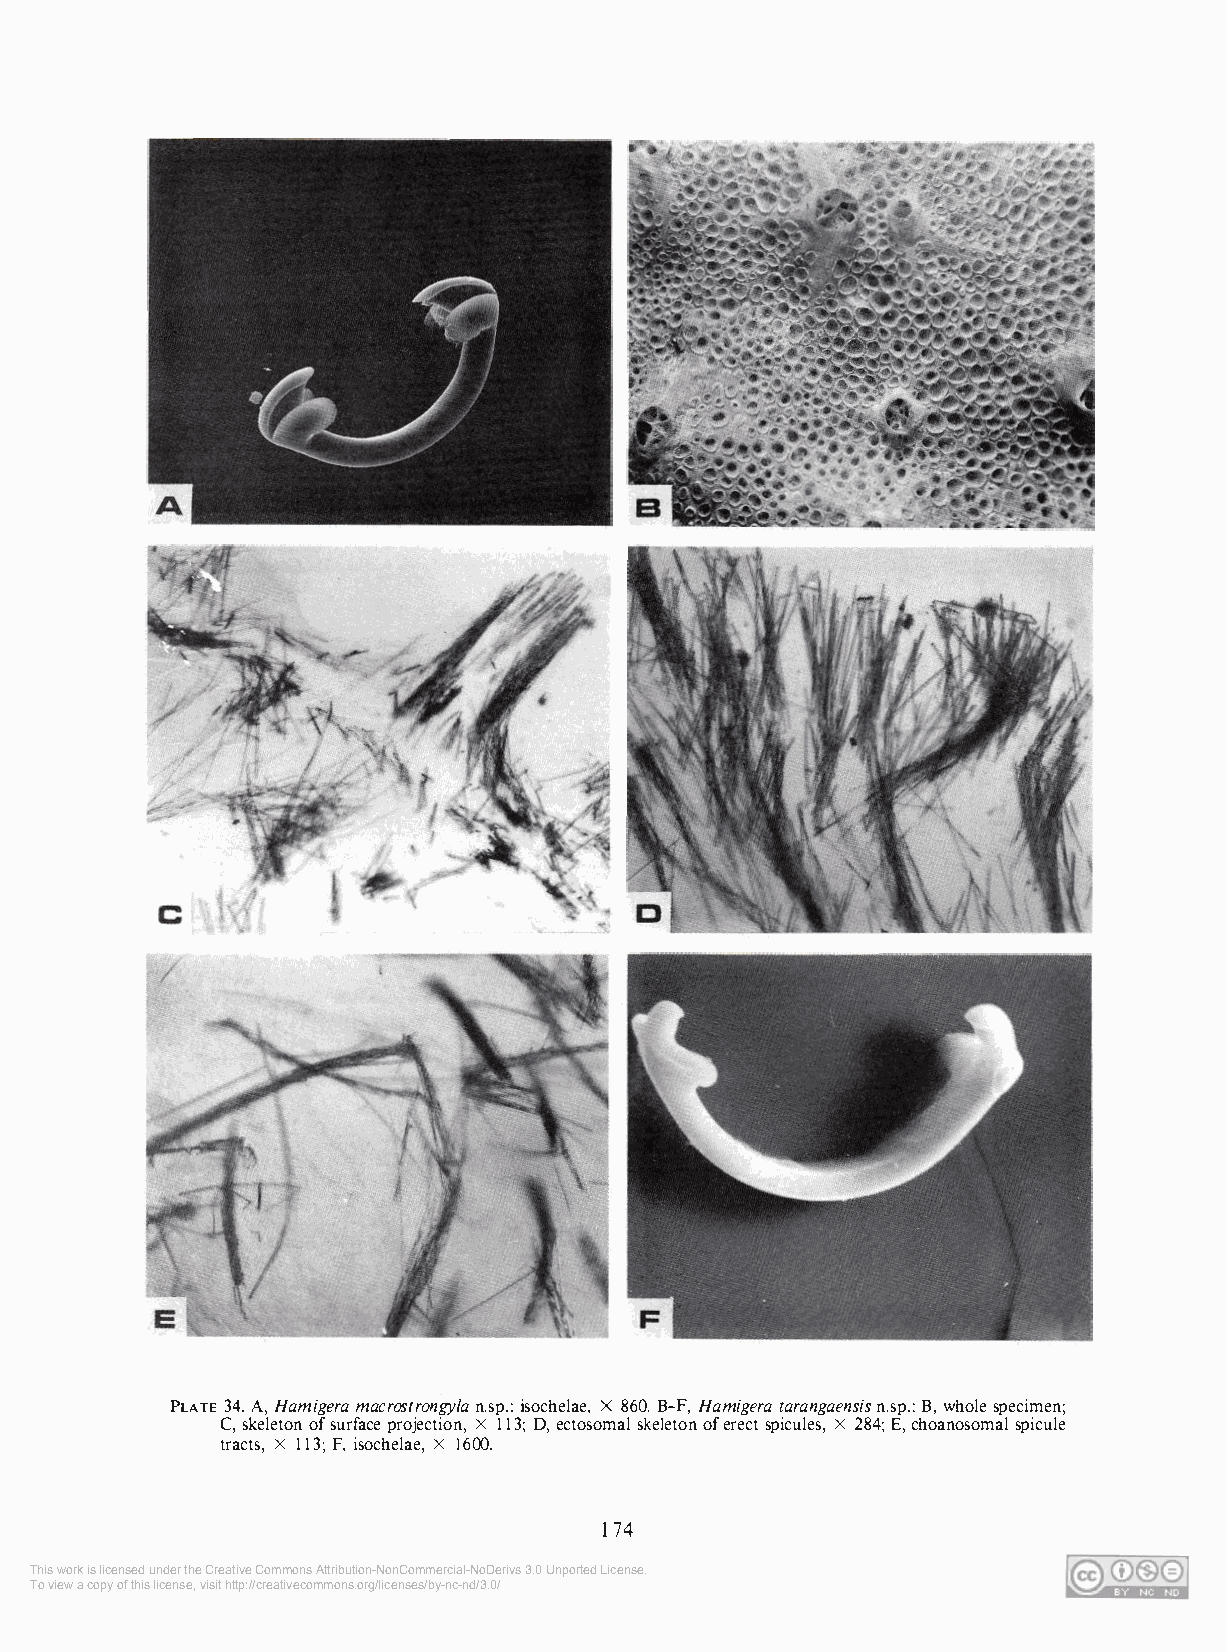
PLATE 34. A, Hamigera macrostrongy/a n.sp.: isochelae, X 860. B-F, Hamigera tarangaensis n.sp.: B, whole specimen;
 C, skeleton of surface projection, X 113; D, ectosomal skeleton of erect spicules, X 284; E, choanosomal spicule
 tracts, X 113; F, isochelae, X 1600.
 174
 This work is licensed under the Creative Commons Attribution-NonCommercial-NoDerivs 3.0 Unported License.
 To view a copy of this license, visit http://creativecommons.org/licenses/by-nc-nd/3.0/